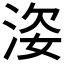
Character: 𱦢